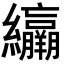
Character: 𦇽